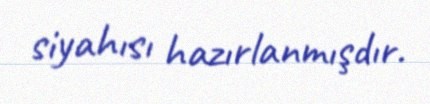
siyahısı hazırlanmışdır.